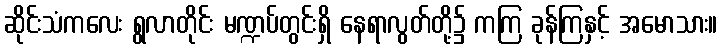
ဆိုင်းသံကလေး ရွလာတိုင်း မဏ္ဍပ်တွင်းရှိ နေရာလွတ်တို့၌ ကကြ ခုန်ကြနှင့် အမောသား။